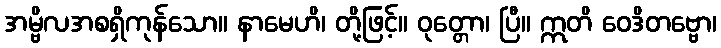
အမ္ဗိလအစရှိကုန်သော။ နာမေဟိ၊ တို့ဖြင့်။ ဝုတ္တော၊ ပြီ။ ဣတိ ဝေဒိတဗ္ဗော၊